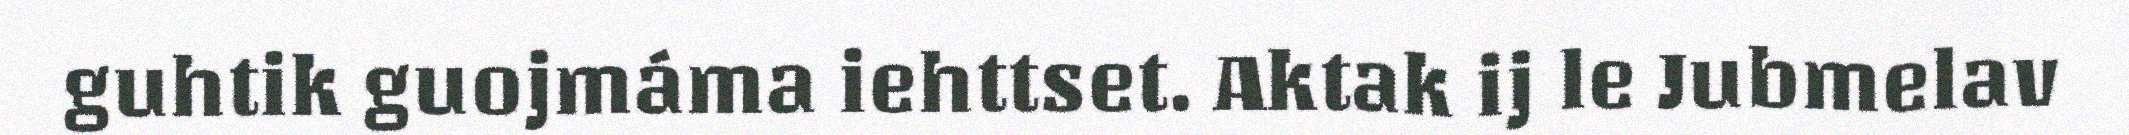
guhtik guojmáma iehttset. Aktak ij le Jubmelav